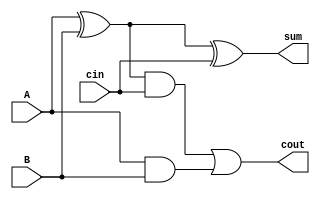
module full_adder(A,B,cin,sum,cout);

input A,B;
input cin;
output sum,cout;

wire t1,t2,t3;

xor(t1,A,B);
and(t2,A,B);
xor(sum,t1,cin);
and(t3,t1,cin);
or(cout,t3,t2);

endmodule